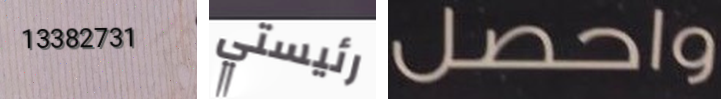
13382731 رئيستي واحصل